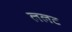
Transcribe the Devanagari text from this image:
ललट